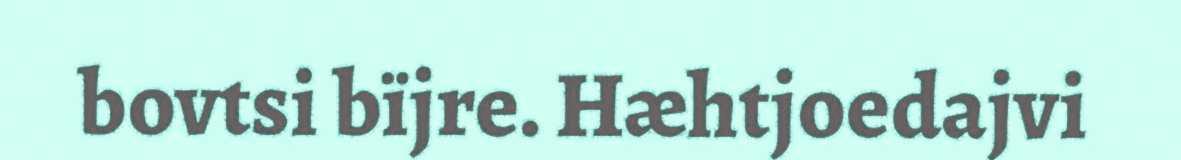
bovtsi bïjre. Hæhtjoedajvi